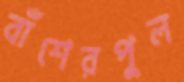
বাঁশেরপুল